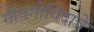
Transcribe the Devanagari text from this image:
गीतगोविंदाचे